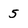
Character: 5